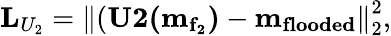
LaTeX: \mathbf{L}_{U_{2}}=\left\lVert(\mathbf{U2(m_{f_{2}})}-\mathbf{m_{flooded}}\right\rVert_{2}^{2},